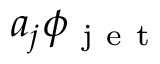
a _ { j } \phi _ { \mathrm { ~ j ~ e ~ t ~ } }